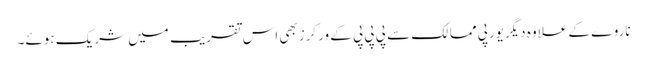
ناروے کے علاوہ دیگریورپی ممالک سے پی پی پی کے ورکرزبھی اس تقریب میں شریک ہوئے۔